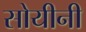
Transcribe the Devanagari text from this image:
सोयीनी